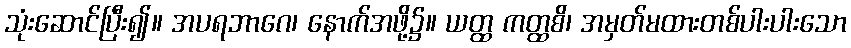
သုံးဆောင်ပြီး၍။ အပရဘာဂေ၊ နောက်အဖို့၌။ ယတ္ထ ကတ္ထစိ၊ အမှတ်မထားတစ်ပါးပါးသော